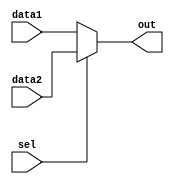
`timescale 1ns / 1ps
//////////////////////////////////////////////////////////////////////////////////
// Company: 
// Engineer: 
// 
// Design Name: 
// Module Name: MUX2
// Project Name: 
// Target Devices: 
// Tool Versions: 
// Description: 
// 
// Dependencies: 
// 
// Revision:
// Revision 0.01 - File Created
// Additional Comments:
// 
//////////////////////////////////////////////////////////////////////////////////

/*
    ================================   MUX2 module   ================================
    Author:         Wintermelon
    Last Edit:      2022.3.31

    This is a very simple 2-1 mux.
    case(signal)
        0 - data1
        1 - data2
*/

module MUX2 
#(
    parameter DATA_WIDTH = 32           
)
(
    input [DATA_WIDTH-1 : 0] data1, data2,
    input  sel,
    output [DATA_WIDTH-1 : 0] out
);

    assign out = (sel) ? data2 : data1;
endmodule